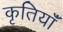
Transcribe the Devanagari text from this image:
कृतियॉं